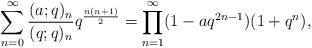
LaTeX: \begin{align*}\sum\limits_{n = 0}^{\infty}\frac{(a;q)_{n}}{(q;q)_{n}}q^{\frac{n(n + 1)}{2}} = \prod\limits_{n = 1}^{\infty}(1 - aq^{2n - 1})(1 + q^{n}),\end{align*}